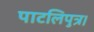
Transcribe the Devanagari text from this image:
पाटलिपुत्र।